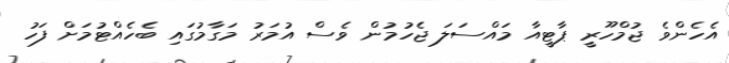
އެހެންވެ ޖުމްހޫރީ ޕާޓީއާ މައްސަލަ ޖެހުމުން ވެސް އުމަރު މަގާމުގައި ބެހެއްޓުމަށް ފަހު